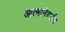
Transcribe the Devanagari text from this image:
आत्मनिदर्शन